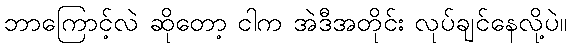
ဘာကြောင့်လဲ ဆိုတော့ ငါက အဲဒီအတိုင်း လုပ်ချင်နေလို့ပဲ။